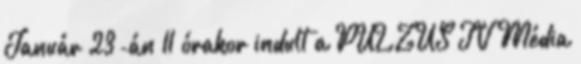
Január 23-án 11 órakor indult a PULZUS TV Média